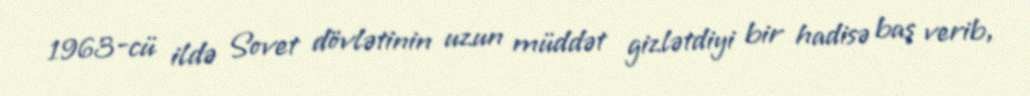
1963-cü ildə Sovet dövlətinin uzun müddət gizlətdiyi bir hadisə baş verib,